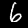
Digit: 6